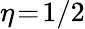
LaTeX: \eta\! =\! 1/2